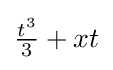
{\textstyle {\tfrac {t^{3}}{3}}+xt}